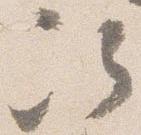
次